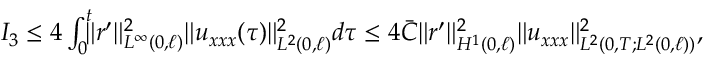
\begin{array} { r } { I _ { 3 } \leq 4 \int _ { 0 } ^ { t } \! \! \! \Vert r ^ { \prime } \Vert _ { L ^ { \infty } ( 0 , \ell ) } ^ { 2 } \Vert u _ { x x x } ( \tau ) \Vert _ { L ^ { 2 } ( 0 , \ell ) } ^ { 2 } d \tau \leq 4 \bar { C } \Vert r ^ { \prime } \Vert _ { H ^ { 1 } ( 0 , \ell ) } ^ { 2 } \Vert u _ { x x x } \Vert _ { L ^ { 2 } ( 0 , T ; L ^ { 2 } ( 0 , \ell ) ) } ^ { 2 } , ~ ~ } \end{array}